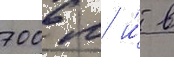
700 м и́ в